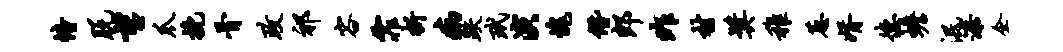
幢脱望爪挽骨政祁容霏析病跌玳演愧僭郎昨村奖稚葱婿德蟾泯漆企